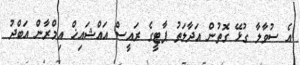
އެ ސުވާލާ ގުޅޭ ގޮތުން އަދާލަތު ޕާޓީގެ ރައީސް އައްޝައިޚް އިމްރާން އަބްދު